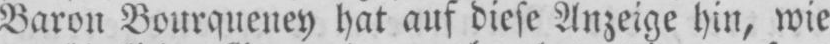
Baron Bourqueney hat auf diese Anzeige hin, wie